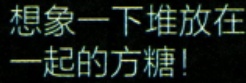
想象一下堆放在一起的方糖！